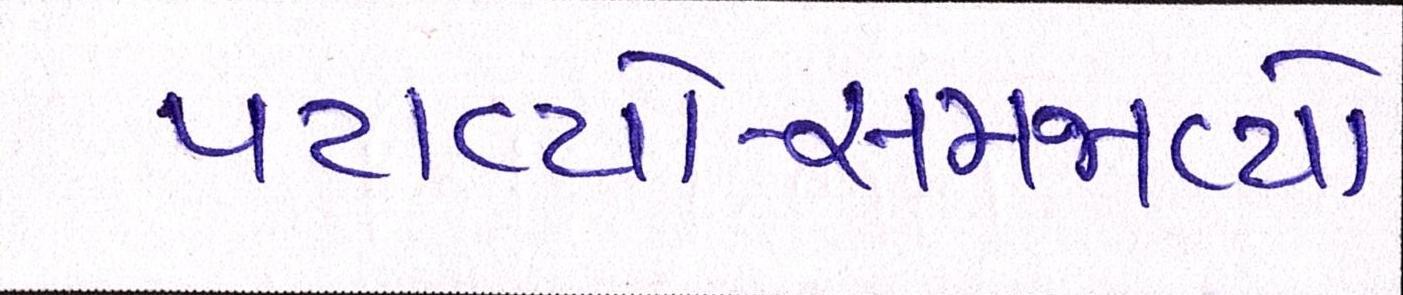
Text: પટાવ્યો-સમજાવ્યો